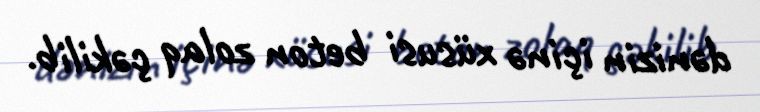
dənizin içinə xüsusi beton zolaq çəkilib.